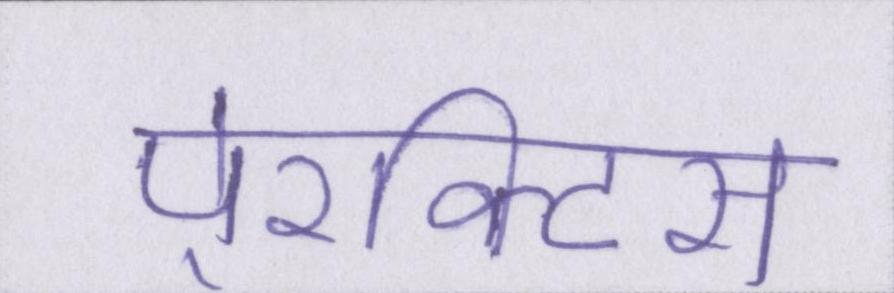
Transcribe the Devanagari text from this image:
पे्रक्टिस